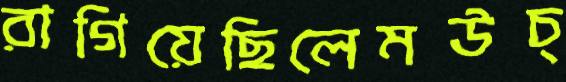
রাগিয়েছিলেমউচ্